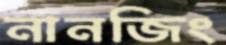
নানজিং